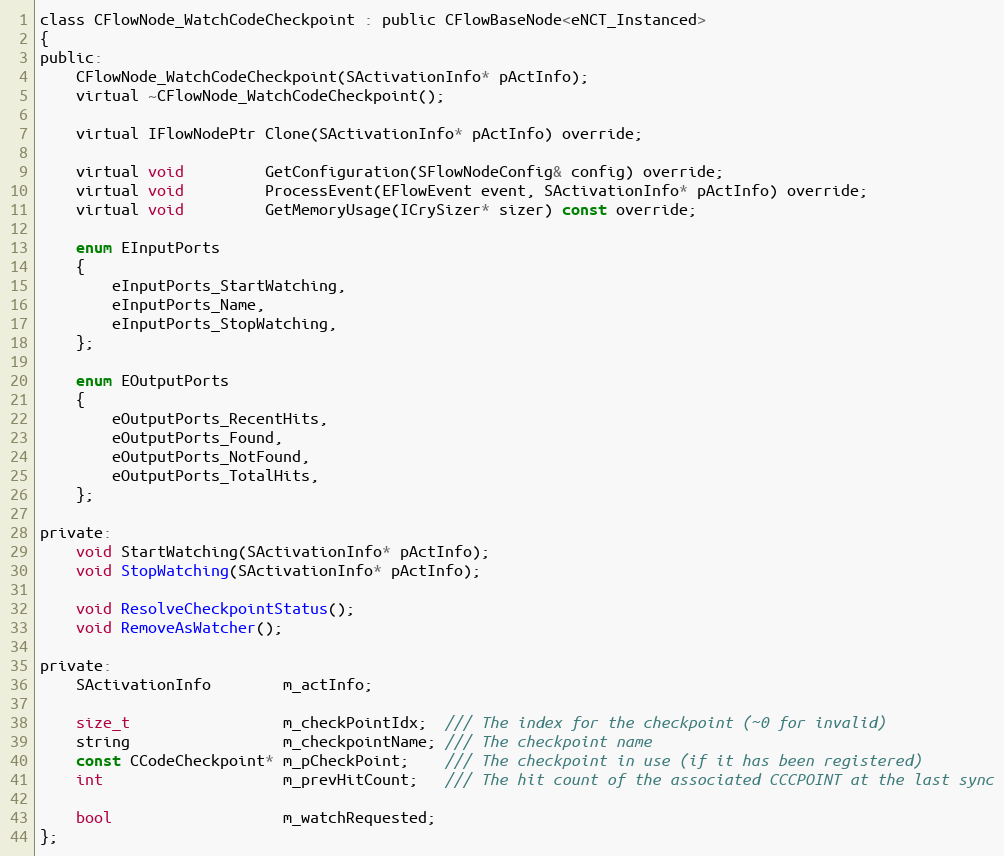
Language: C
class CFlowNode_WatchCodeCheckpoint : public CFlowBaseNode<eNCT_Instanced>
{
public:
	CFlowNode_WatchCodeCheckpoint(SActivationInfo* pActInfo);
	virtual ~CFlowNode_WatchCodeCheckpoint();

	virtual IFlowNodePtr Clone(SActivationInfo* pActInfo) override;

	virtual void         GetConfiguration(SFlowNodeConfig& config) override;
	virtual void         ProcessEvent(EFlowEvent event, SActivationInfo* pActInfo) override;
	virtual void         GetMemoryUsage(ICrySizer* sizer) const override;

	enum EInputPorts
	{
		eInputPorts_StartWatching,
		eInputPorts_Name,
		eInputPorts_StopWatching,
	};

	enum EOutputPorts
	{
		eOutputPorts_RecentHits,
		eOutputPorts_Found,
		eOutputPorts_NotFound,
		eOutputPorts_TotalHits,
	};

private:
	void StartWatching(SActivationInfo* pActInfo);
	void StopWatching(SActivationInfo* pActInfo);

	void ResolveCheckpointStatus();
	void RemoveAsWatcher();

private:
	SActivationInfo        m_actInfo;

	size_t                 m_checkPointIdx;  /// The index for the checkpoint (~0 for invalid)
	string                 m_checkpointName; /// The checkpoint name
	const CCodeCheckpoint* m_pCheckPoint;    /// The checkpoint in use (if it has been registered)
	int                    m_prevHitCount;   /// The hit count of the associated CCCPOINT at the last sync

	bool                   m_watchRequested;
};